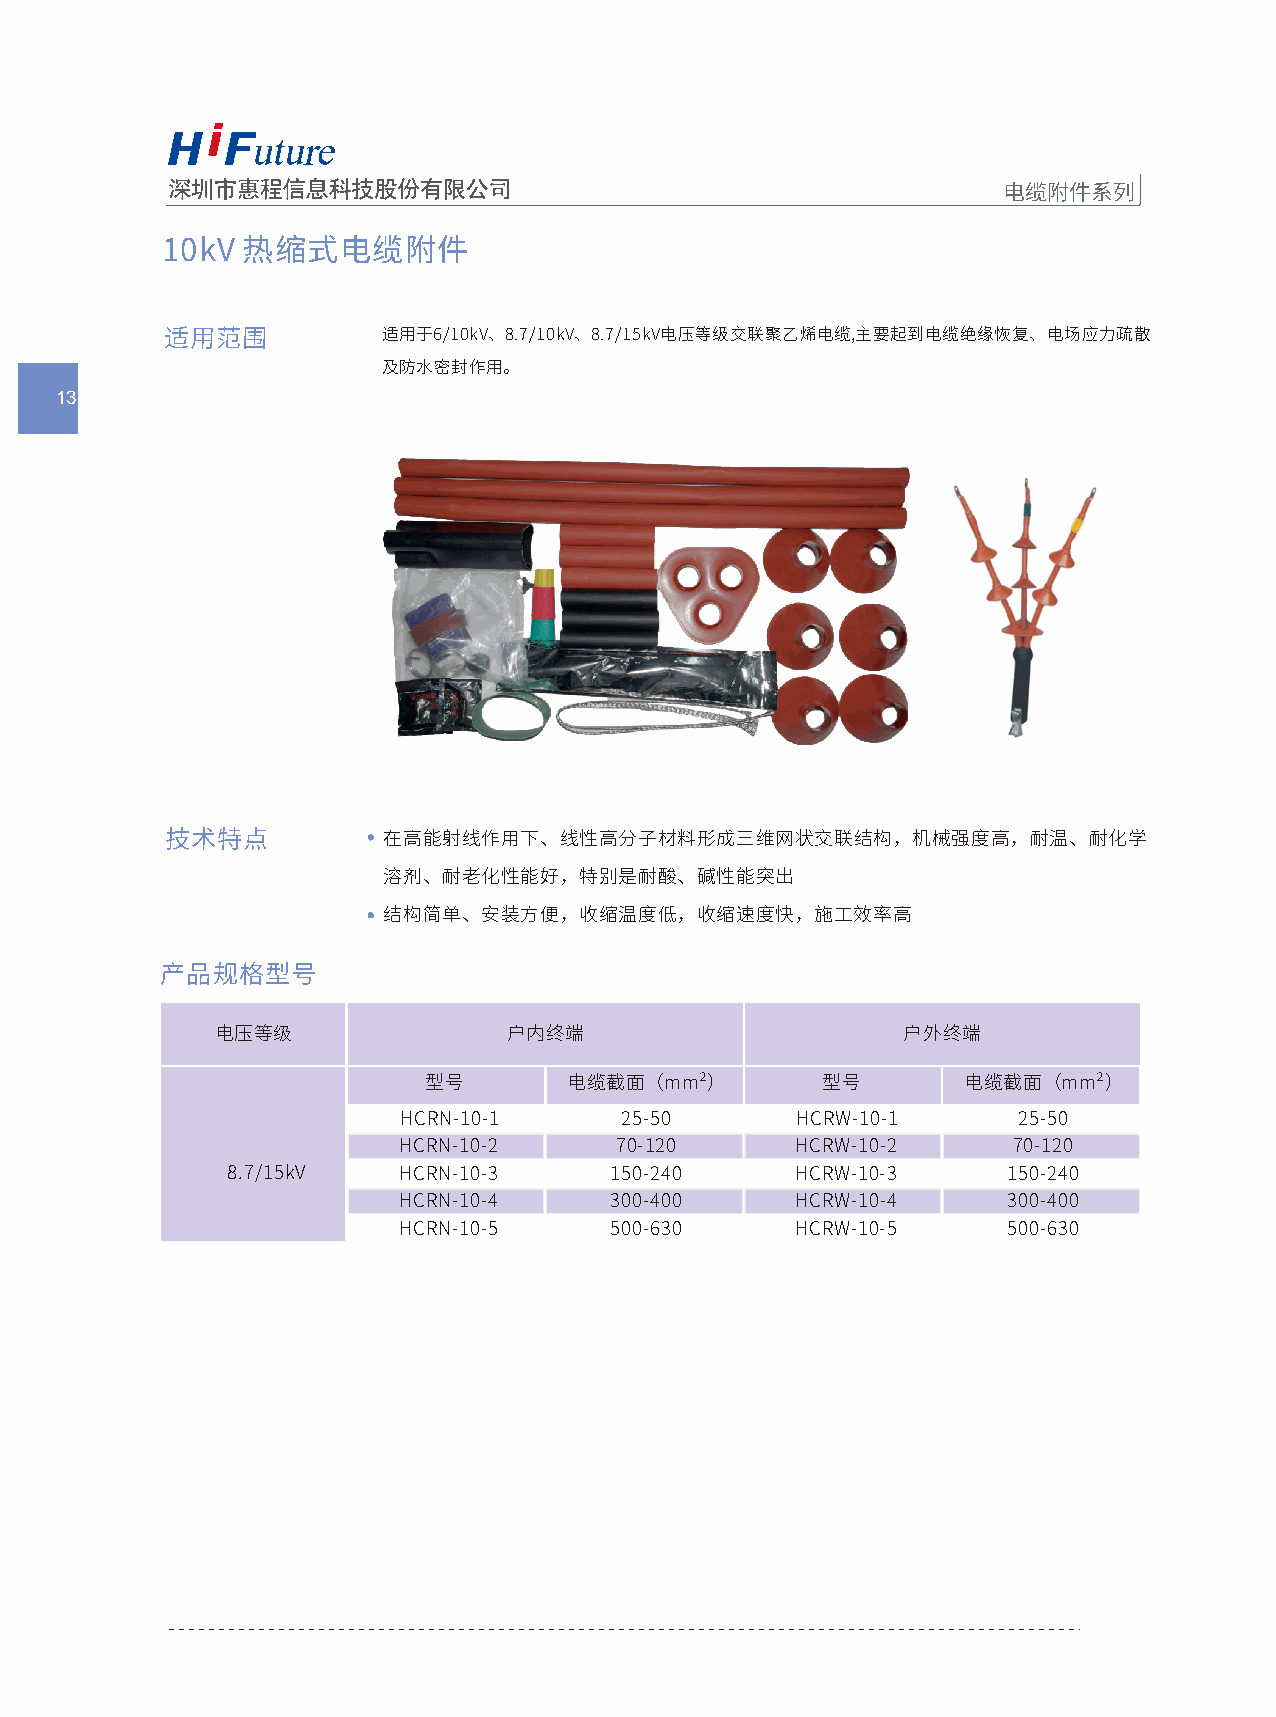
电缆附件系列
 10kV热缩式电缆附件
 适⽤范围         适⽤于6/10kV、8.7/10kV、8.7/15kV电压等级交联聚⼄烯电缆,主要起到电缆绝缘恢复、电场应⼒疏散
 及防⽔密封作⽤。
 113
 技术特点           在⾼能射线作⽤下、线性⾼分⼦材料形成三维⽹状交联结构，机械强度⾼，耐温、耐化学
 溶剂、耐⽼化性能好，特别是耐酸、碱性能突出
 结构简单、安装⽅便，收缩温度低，收缩速度快，施⼯效率⾼
 产品规格型号
 电压等级                ⼾内终端                      ⼾外终端
 型号        电缆截⾯（mm²）        型号       电缆截⾯（mm²）
 HCRN-10-1     25-50       HCRW-10-1      25-50
 HCRN-10-2     70-120      HCRW-10-2     70-120
 8.7/15kV    HCRN-10-3     150-240     HCRW-10-3     150-240
 HCRN-10-4     300-400     HCRW-10-4     300-400
 HCRN-10-5     500-630     HCRW-10-5     500-630